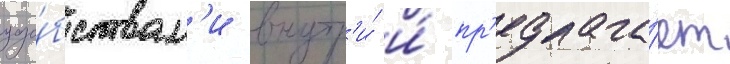
удо́бствам'и внутр'и́ и́ пр'едлага́ет